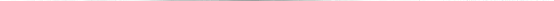
___